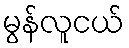
မွန်လူငယ်